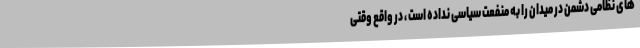
های نظامی دشمن در میدان را به منفعت سیاسی نداده است ، در واقع وقتی